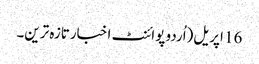
16 اپریل(اُردو پوائنٹ اخبارتازہ ترین۔